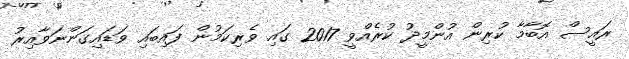
ރައީސް އޮބާމާ ކުރިން އުންމީދު ކުރެއްވީ 2017 ގައި ވެރިކަމުން ފައިބައި ވަޑައިގަންނަވާއިރު